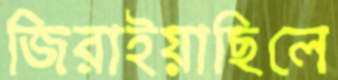
জিরাইয়াছিলে